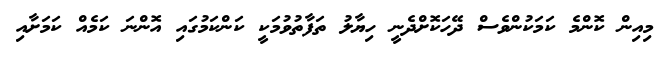
މިއިން ކޮންމެ ކަމަކުންވެސް ދޭހަކޮށްދެނީ ހިޔާލު ތަފާތުވުމަކީ ކަންކަމުގައި އޮންނަ ކަމެއް ކަމަށާއި